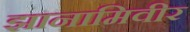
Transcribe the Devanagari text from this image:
झानामिवीर